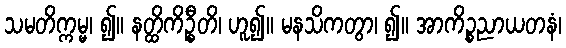
သမတိက္ကမ္မ၊ ၍။ နတ္ထိကိဦ္စတိ၊ ဟူ၍။ မနသိကတွာ၊ ၍။ အာကိဉ္စညာယတနံ၊